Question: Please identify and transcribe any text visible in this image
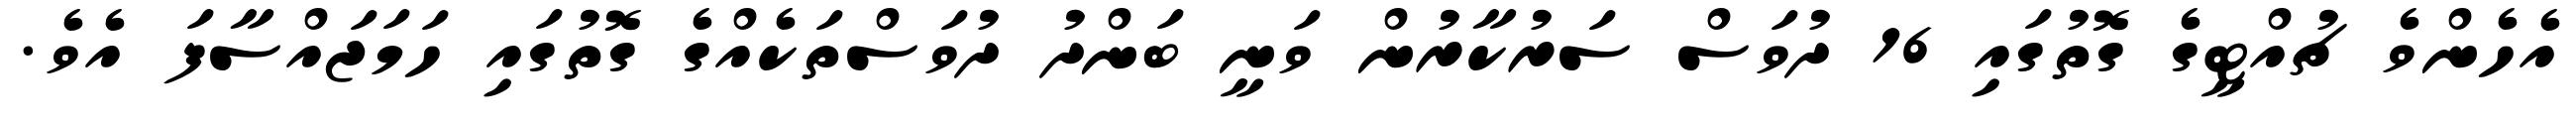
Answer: އެހެންވެ ޗުއްޓީގެ ގޮތުގައި 16 ދުވަސް ސަރުކާރުން ވަނީ ބަންދު ދުވަސްތަކެއްގެ ގޮތުގައި ހަމަޖައްސާފަ އެވެ.